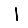
Digit: 1